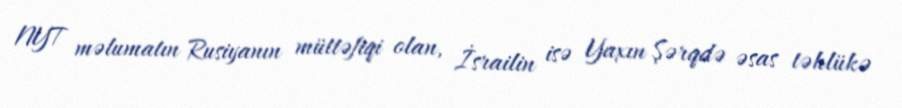
NYT məlumatın Rusiyanın müttəfiqi olan, İsrailin isə Yaxın Şərqdə əsas təhlükə